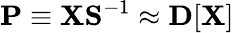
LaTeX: {\mathbf P}\equiv{\mathbf X}{\mathbf S}^{-1}\approx{\mathbf D}[{\mathbf X}]